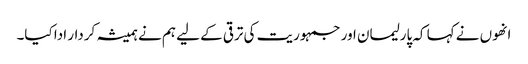
انھوں نے کہا کہ پارلیمان اور جمہوریت کی ترقی کے لیے ہم نے ہمیشہ کردار ادا کیا۔